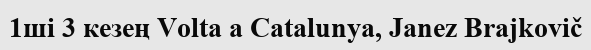
1ші 3 кезең Volta a Catalunya, Janez Brajkovič